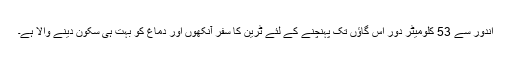
اندور سے 53 کلومیٹر دور اس گاؤں تک پہنچنے کے لئے ٹرین کا سفر آنکھوں اور دماغ کو بہت ہی سکون دینے والا ہے۔